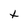
Character: t